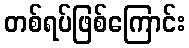
တစ်ရပ်ဖြစ်ကြောင်း